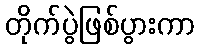
တိုက်ပွဲဖြစ်ပွားကာ